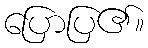
ပြောပြ၏။